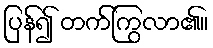
ပြန်၍ တက်ကြွလာ၏။